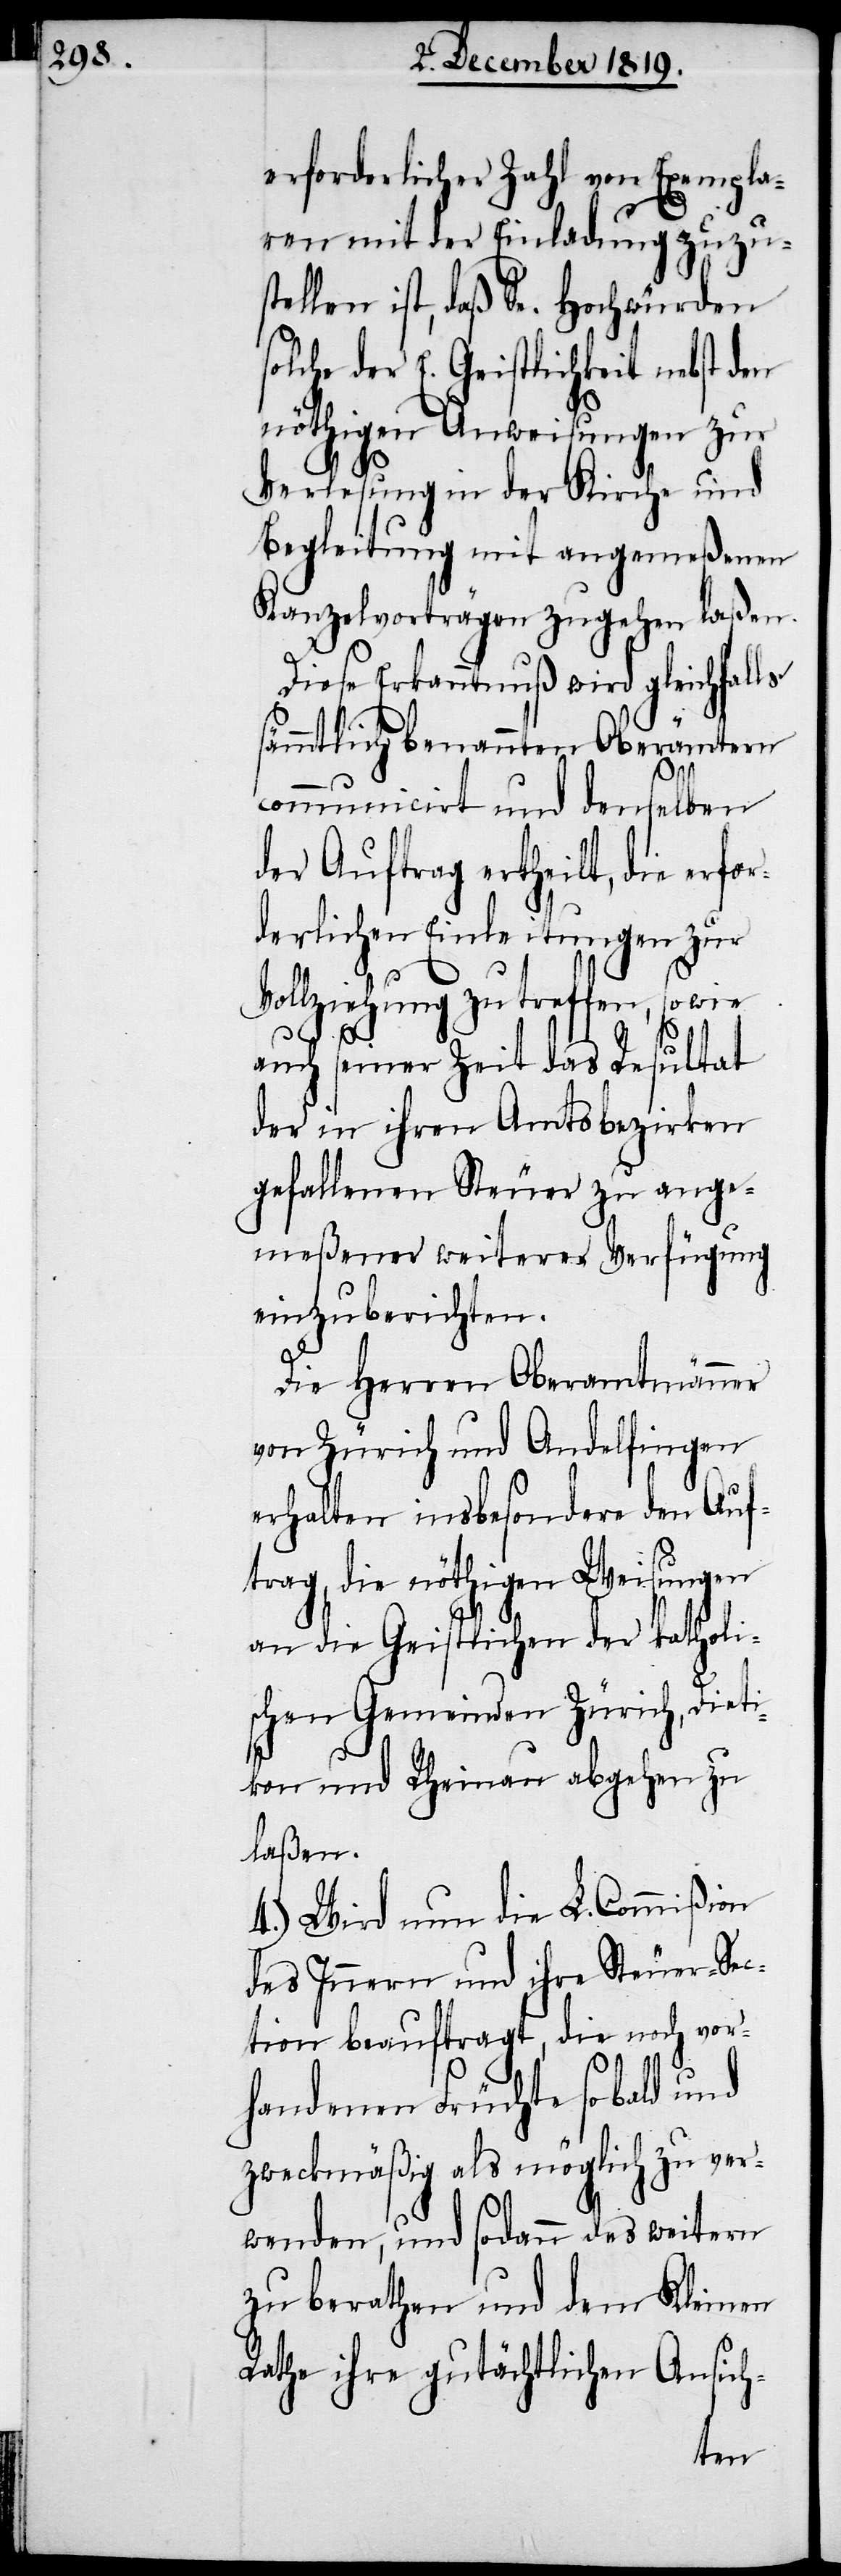
erforderlicher Zahl von Exempla¬
ren mit der Einladung zuzus¬
tellen ist, daß Se. Hochwürden
solche der E. Geistlichkeit nebst den
nöthigen Anweisungen zur
Verlesung in der Kirche und
Begleitung mit angemeßenen
Kanzelvortragen zugehen laßen.
Diese Erkanntnuß wird gleichfalls
sämmtlich benannten Oberämtern
communicirt und denselben
der Auftrag erheilt, die erfor¬
derliche Einladung zu
auch seiner Zeit das Resultat
der in ihren Amtsbezirken
gefallenen Steuer zu ange¬
meßener weiterer Verfügung
einzuberichten.
Die Herren Oberamtmänner
von Zürich und Andelfingen
erhalten insbesondere den Auf¬
trag, die nöthigen Weisungen
an die Geistlichen der katholi¬
schen Gemeinden Zürich, Dieti¬
kon und Rheinau abgehen zu
laßen.
4.) Wird nun die L. Commißion
des Innern und ihre Steuer-Sec¬
tion beauftragt, die noch vor¬
handenen Früchte sobald und
zweckmäßig als möglich zu ver¬
wenden, und sodann des weitern
zu berathen und dem Kleinen
Rathe ihre gutächtlichen Ansich-